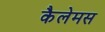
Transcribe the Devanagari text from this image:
कैलेमस